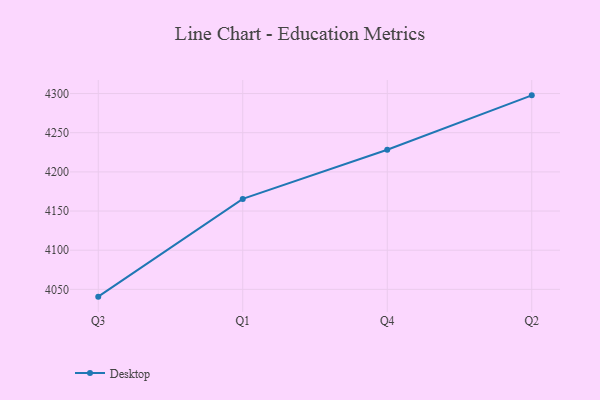
{"axis": {"x": "Quarter", "y": "Waste Production (Tons)"}, "legend": ["Desktop"], "data": [{"x": "Q3", "y": 4040.7, "type": "Desktop"}, {"x": "Q1", "y": 4165.5, "type": "Desktop"}, {"x": "Q4", "y": 4228.2, "type": "Desktop"}, {"x": "Q2", "y": 4297.7, "type": "Desktop"}]}